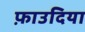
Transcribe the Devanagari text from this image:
फ़ाउदिया